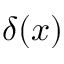
\delta ( x )